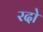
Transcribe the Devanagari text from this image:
रदो